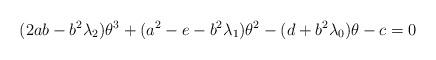
LaTeX: \begin{align*} (2ab - b^2\lambda_2) \theta^3 + (a^2 - e - b^2\lambda_1)\theta^2 - (d + b^2\lambda_0)\theta - c = 0 \end{align*}